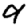
Digit: 9